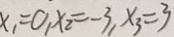
x _ { 1 } = 0 , x _ { 2 } = - 3 , x _ { 3 } = 3